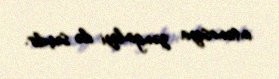
intonasiya zənginliyi ilə seçilir.